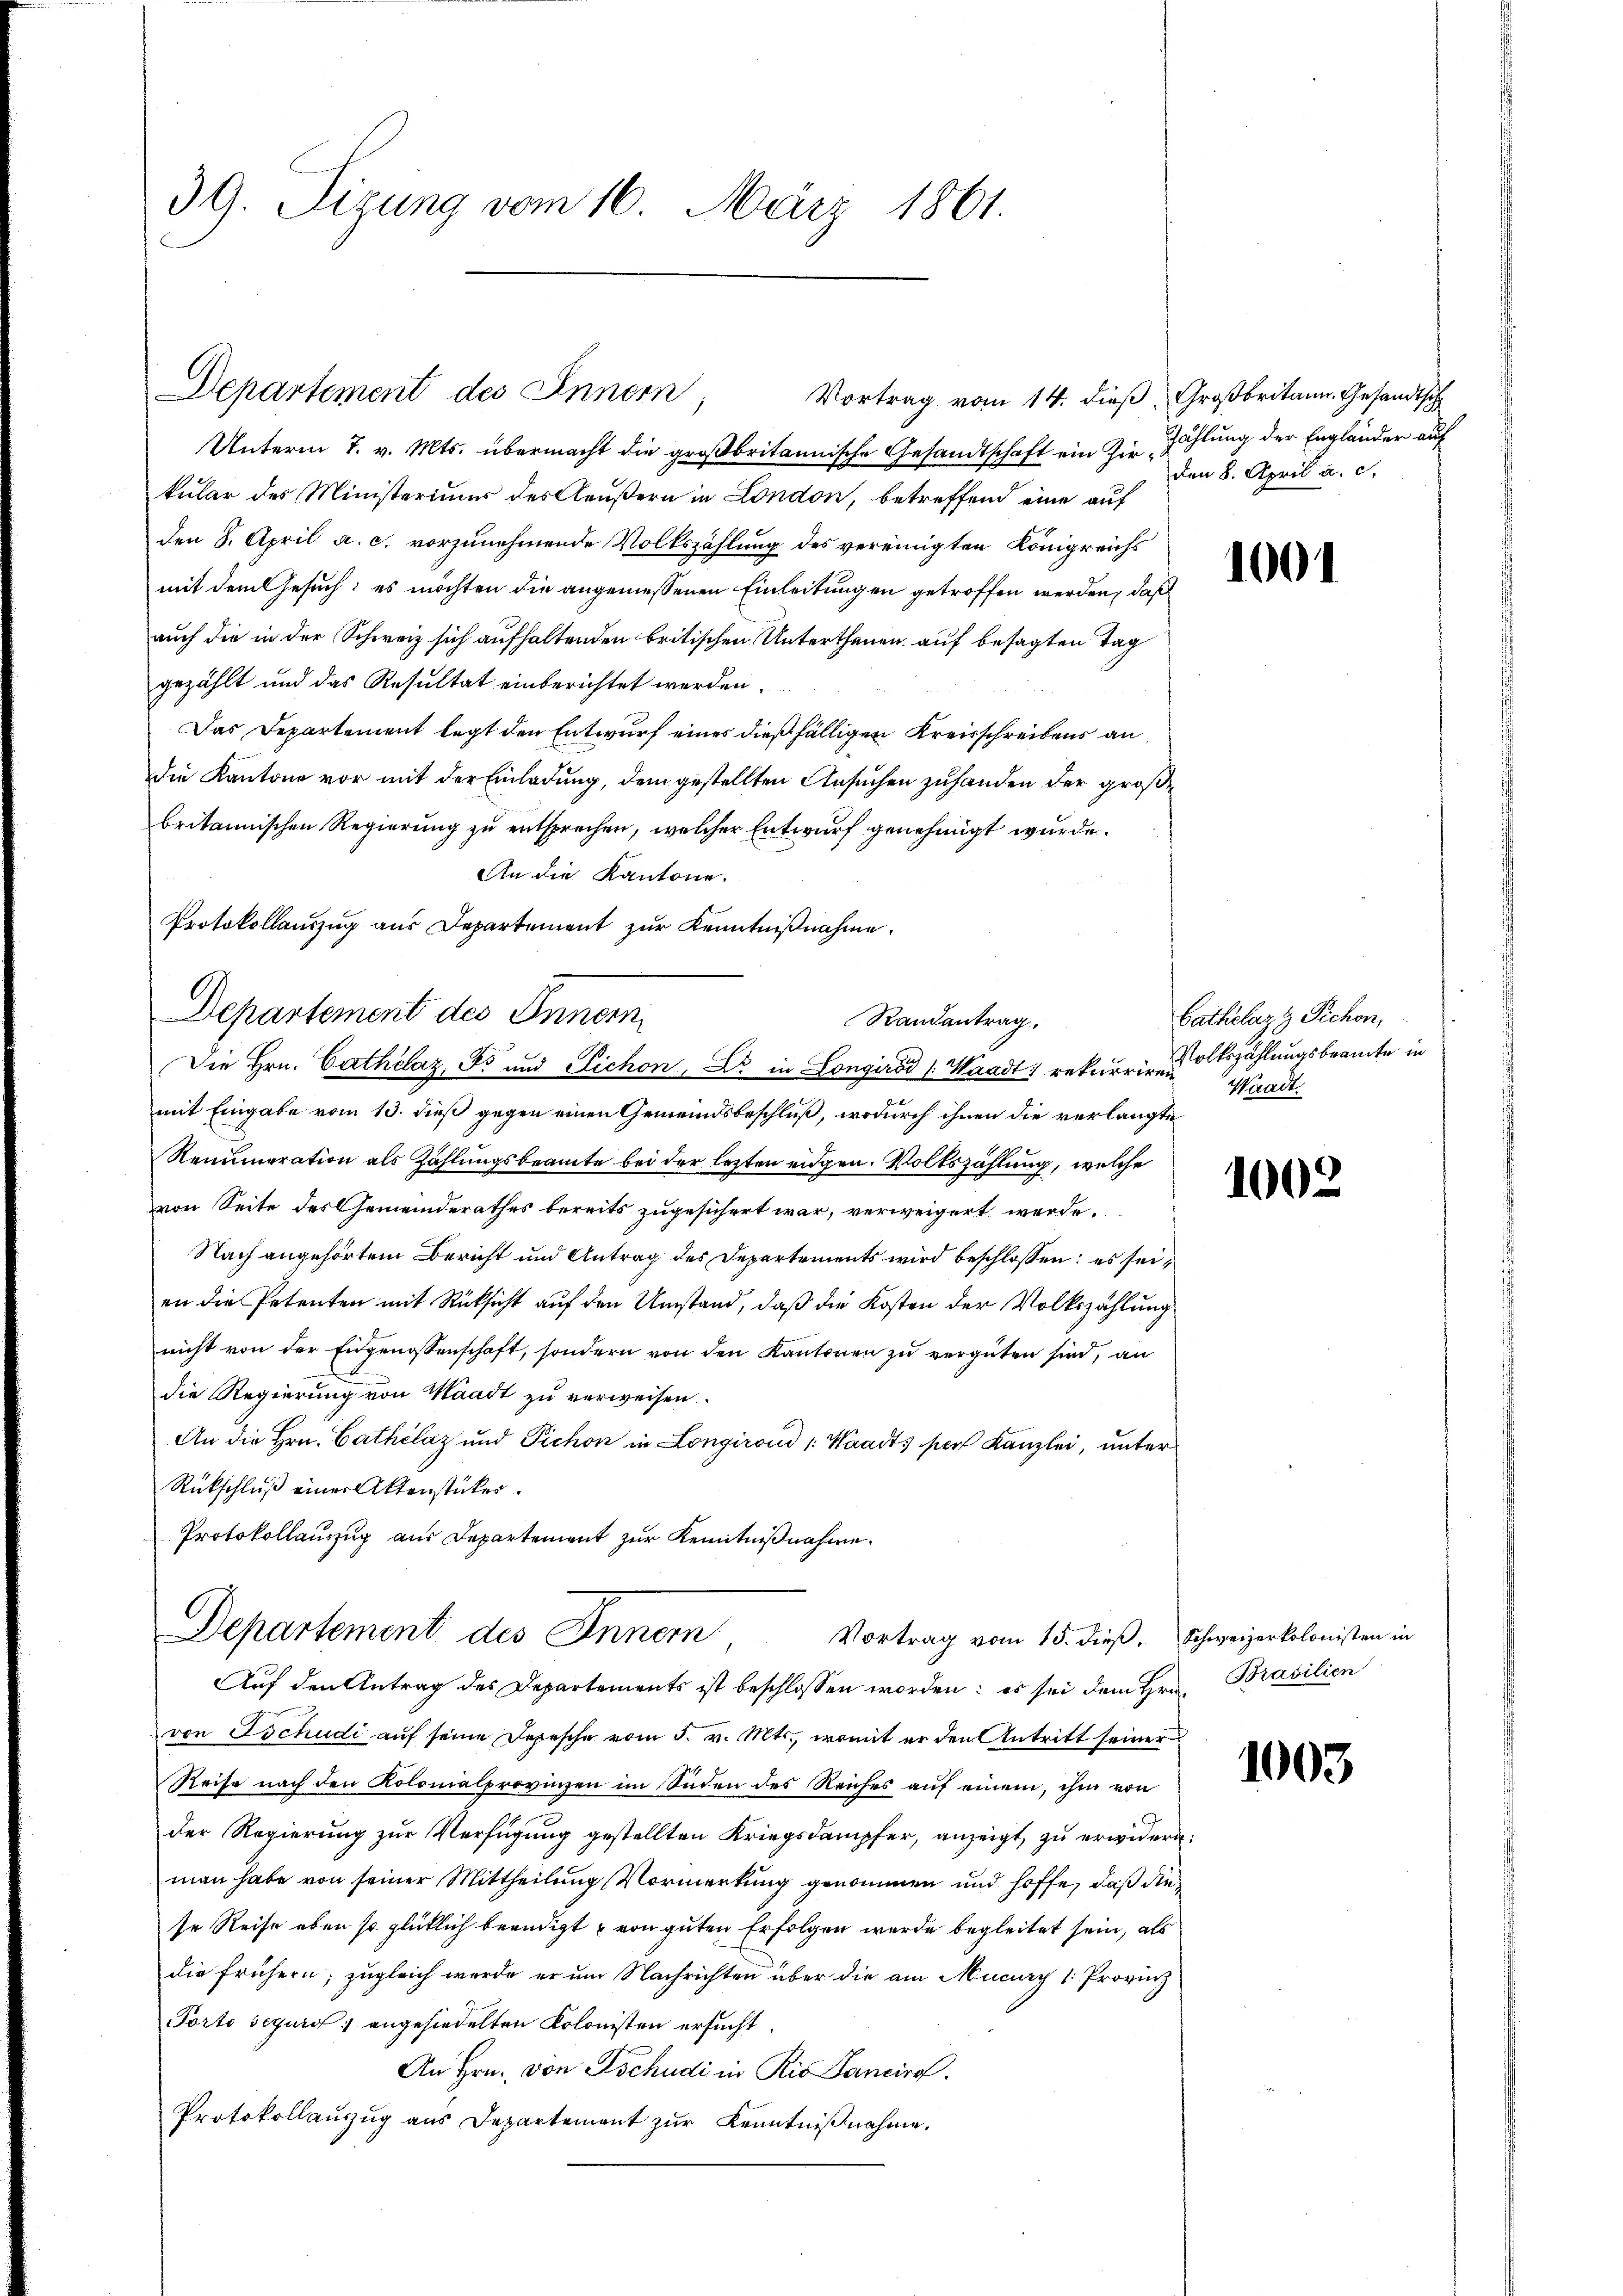
39. Sizung vom 16. März 1861.

Departement des Innern,

Unterm 7. v. Mts. übermacht die großbritannische Gesandtschaft ein Zur Zahlung der Engländer auf
kular des Ministeriums des Aeußern in London, betreffend eine auf
den 8. April a. c. vorzunehmende Volkszählung des vereinigten Königreichs
mit dem Gesuch: es möchten die angemessenen Einleitungen getroffen werden, daß
auch die in der Schweiz sich aufhaltenden britischen Unterthenen auf besagten Tag
gezählt und das Resultat einberichtet werden.
Das Departement legt den Entwurf eines dießfälligen Kreisschreibens an
die Kantone vor mit der Einladung, dem gestellten Ansuchen zuhanden der großbritannischen Regierung zu entsprechen, welcher Entwurf genehmigt wurde.
An die Kantone.
mit Eingabe vom 13. dieß gegen einen Gemeindsbeschluß, wodurch ihnen die verlangte
Renumeration als Zahlungsbeamte bei der lezten eigen. Volkszählung, welche
von Seite des Gemeinderathes bereits zugesichert war, verweigert werde.
Nach angehörtem Bericht und Antrag des Departements wird beschlossen; es seien die Petenten mit Rücksicht auf den Umstand, daß die Kosten der Volkszählung
nicht von der Eidgenossenschaft, sondern von den Kantonen zu vergüten sind, an
die Regierung von Waadt zu verweisen.
An die Hrn. Cathélaz und Pichon in Longirend Waadts par Kanzlei, unter
Rückschluß einer Aktenstücker.
Protokollauszug aus Departement zur Kenntnißnahme.

Protokollauszug aus Departement zur Kenntnißnahme.
Departement des Inner
Randantrag.
Die Hrn. Cathélaz, Es und Eichon, Dr. in Longirod 1. Waadt; rekurrire altszahlungsbeamte in

von Tschudi auf seine Depesche vom 5. v. Mts., womit er den Antritt seiner
Reise nach den Kolonialprovinzen im Süden des Reiches auf einem, ihm von
der Regierung zur Verfügung gestellten Kriegsdampfer, anzeigt, zu erwidern.
man habe von seiner Mittheilung Vormerkung genommen und hoffe, daß die
se Reise eben so glücklich beendigt u von guten Erfolgen werde begleitet sein, als
die frühern; zugleich werde er um Nachrichten über die am Mucary [Provinz
Porto seguro angesiedelten Kolonisten ersucht.
An Hrn. von Tschudi in Ris Sanciro.
Protokollauszug aus Departement zur Kenntnißnahme.

Departement des Inner
Vortrag vom 15. dieβ. Schweizerkolonisten in
Auf den Antrag des Departements ist beschlossen worden: es sei dem Hrn. Brasilien

Vortrag vom 14. dieß, Großbritann. Gesandtsch
den 8. April a. c.

1001

Cathelazz Pichon,
Waadt.

1002

1003